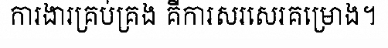
ការងារគ្រប់គ្រង គឺការសរសេរគម្រោង។